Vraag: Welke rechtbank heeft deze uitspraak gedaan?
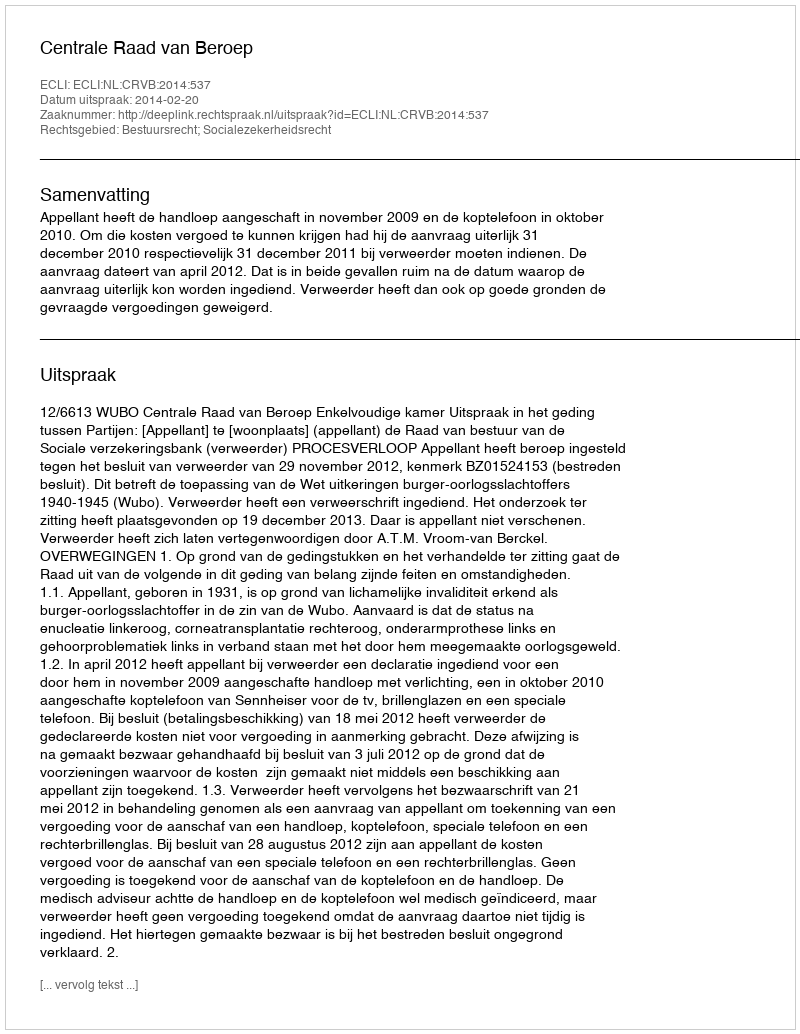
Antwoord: Centrale Raad van Beroep